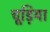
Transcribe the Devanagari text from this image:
चूड़िया